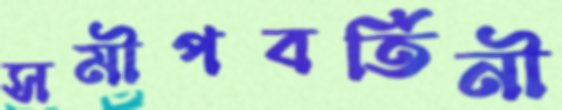
সমীপবর্তিনী